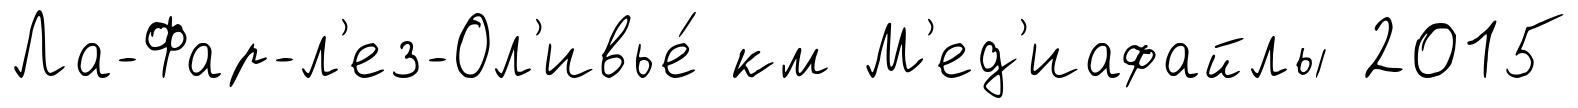
Ла-Фар-л'ез-Ол'ивье́ км М'ед'иафайлы 2015